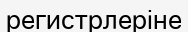
регистрлеріне